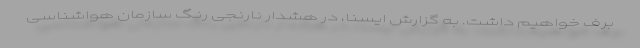
برف خواهیم داشت. به گزارش ایسنا، در هشدار نارنجی رنگ سازمان هواشناسی